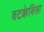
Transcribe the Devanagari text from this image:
वटक्केविला